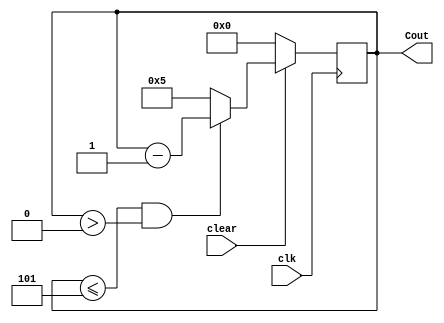

//////////////////////////////////////////////////////////////////////////////////
// Company: 
// Engineer: 
// 
// Create Date:
// Design Name: 
// Module Name: Mod_5_Down_counter
// Project Name: 
// Target Devices: 
// Tool Versions: 
// Description: 
// 
// Dependencies: 
// 
// Revision:
// Revision 0.01 - File Created
// Additional Comments:
// 
//////////////////////////////////////////////////////////////////////////////////

`timescale 1ns / 1ps
module Mod_5_Down_counter(
    input clear,
    input clk,
    output reg [3:0] Cout
    );
    initial
     Cout=4'b0101;
     always@ (posedge clk)
     begin
       if( clear==0)
         Cout <= 4'b0000;
       else
         begin
         if(Cout<=5 & Cout>0)
            Cout<=Cout-1;
         else
            Cout<=4'b0101;
         end
    end
endmodule